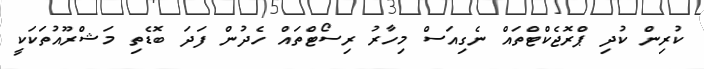
ކުރިން ކުދި ޕްރޮޖެކްޓްތައް ނެގިއަސް މިހާރު ރިސޯޓްތައް ހެދުން ފަދަ ބޮޑެތި މަޝްރޫއުތަކަކީ